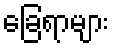
ခြေရာများ